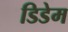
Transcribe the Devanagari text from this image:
डिडेम